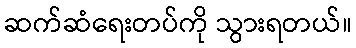
ဆက်ဆံရေးတပ်ကို သွားရတယ်။